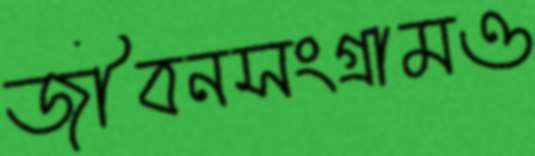
জীবনসংগ্রামও